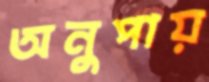
অনুপায়